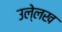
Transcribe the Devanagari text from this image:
उले्लख